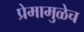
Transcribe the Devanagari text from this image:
प्रेमामुळेच